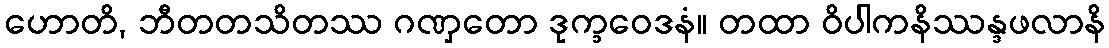
ဟောတိ, ဘီတတသိတဿ ဂဏှတော ဒုက္ခဝေဒနံ။ တထာ ဝိပါကနိဿန္ဒဖလာနိ